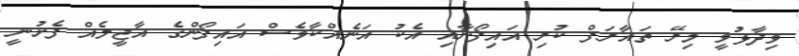
ވިދާޅުވީ މިރޭ ތައާރަފް ކުރި އައިފޯނާއި އެކު އަނެއްކާވެސް އައިފޯންގެ އާޖީލެއް ފެށުނީ